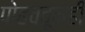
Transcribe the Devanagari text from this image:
पोहचवूनही